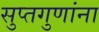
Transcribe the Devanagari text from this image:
सुप्तगुणांना